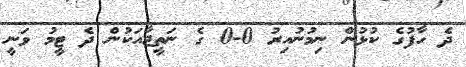
ދެ ހާފުގެ ކުޅުން ނިމުނުއިރު 0-0 ގެ ނަތީޖާއަކުން ދެ ޓީމު ވަނީ